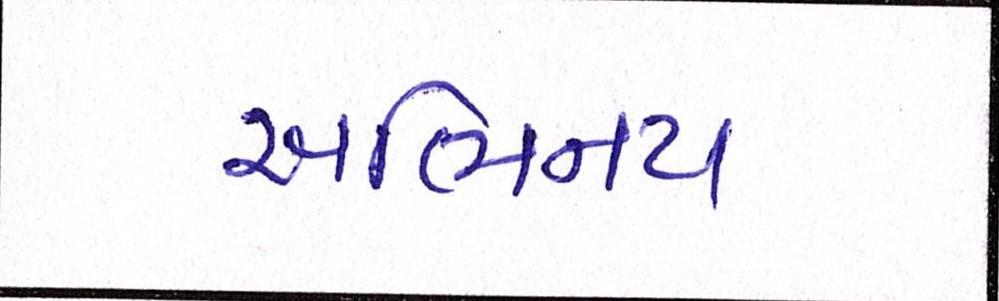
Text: અભિનય